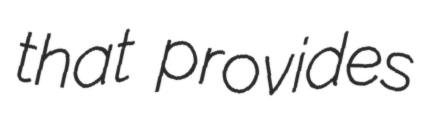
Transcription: that provides